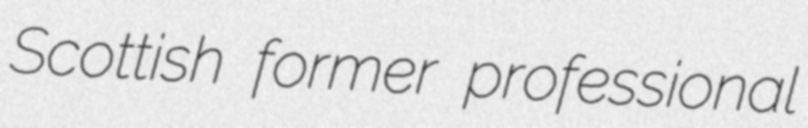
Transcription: Scottish former professional